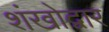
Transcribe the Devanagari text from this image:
शंखोद्वार